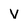
Character: V